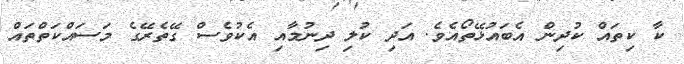
ކާ ކިތައް ކުދިން އެބައުޅޭތޯއެވެ. އަދި ކުލި ދިނުމާއި އެކުވެސް ގޭތެރޭގެ މަސައްކަތްތައް